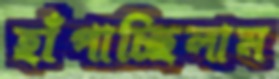
হাঁপাচ্ছিলাম